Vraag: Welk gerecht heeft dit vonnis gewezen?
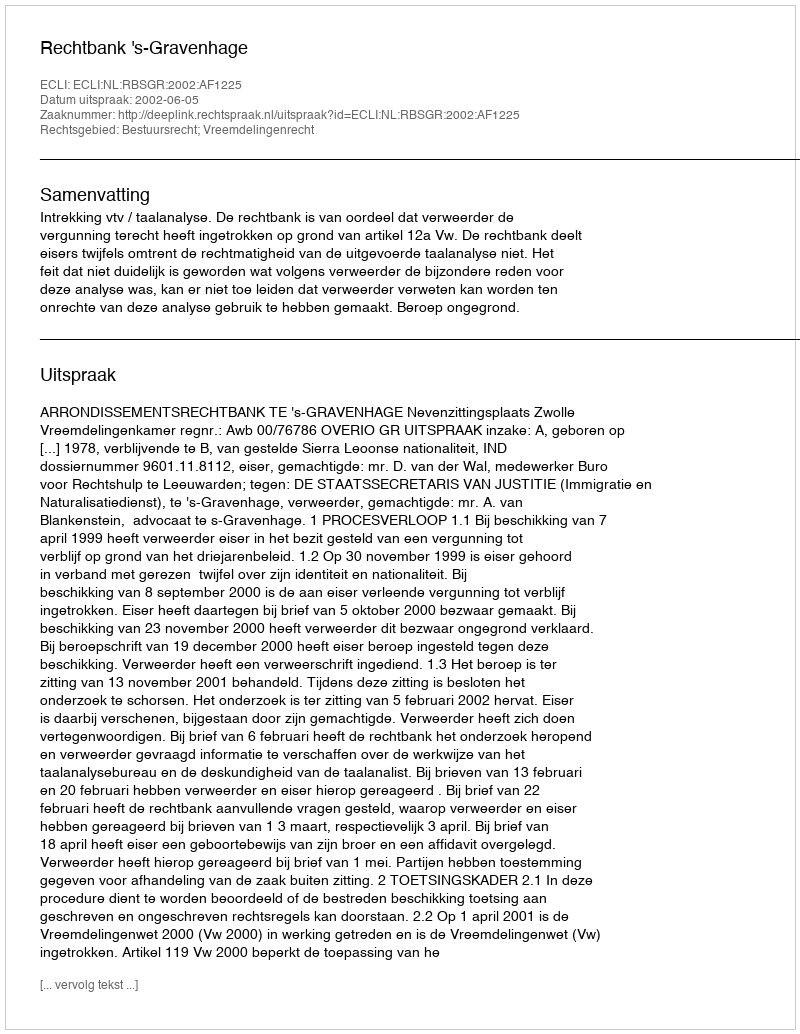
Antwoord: Rechtbank 's-Gravenhage